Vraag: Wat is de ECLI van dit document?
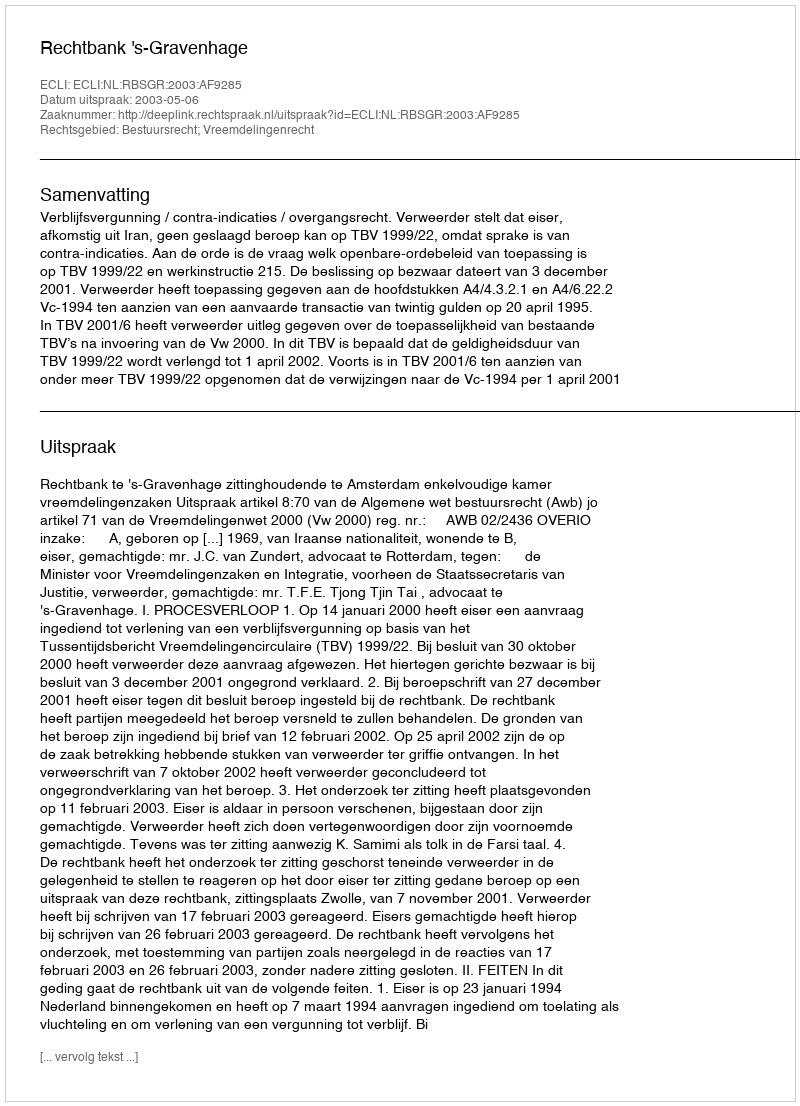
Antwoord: ECLI:NL:RBSGR:2003:AF9285